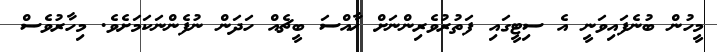
މީހުން ބުނެފައިވަނީ އެ ސިޓީގައި ފަތުރުވެރިންނަށް ޚާއްސަ ބީޗެއް ހަދަން ނުފެންނަކަމަށެވެ. މިހާރުވެސް